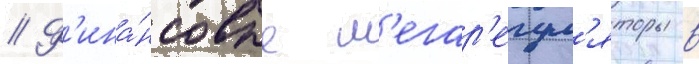
// Ф'ина́нсовые м'егар'егул'яторы в